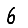
Digit: 6